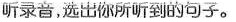
听录音,选出你所听到的句子。